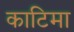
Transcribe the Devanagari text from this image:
काटिमा